system: You are a helpful assistant.
user:
Analyze the provided spectrum to determine if it is a **Carbon Star (C-type)**.

- **Key Visual Indicators of Carbon Star:**
    - **(Primary):** Strong molecular absorption from **C₂ (diatomic carbon) "Swan Bands."** This is the **defining feature** of a carbon star.
        - **(Key Bandheads):** Sharp absorption edges are visible at approximately $5635$ Å, $5165$ Å (the strongest band), and $4737$ Å.
        - **(Line Profile):** Creates a distinct **"saw-tooth"** pattern. The key morphology is a sharp, steep bandhead on the **red (long-wavelength) side**, which then gradually tapers off (i.e., flux recovers) towards the **blue (short-wavelength) side**. *(This is the direct opposite of the TiO bands seen in M-type stars)*.

    - **(Secondary):** Intense **CN (cyanogen)** molecular absorption bands.
        - **(Key Bandheads):** Located in the blue and violet regions of the spectrum (e.g., near $4215$ Å and $3883$ Å).
        - **(Morphology):** These bands are extremely broad and act as a "blanket," absorbing the vast majority of blue and violet light. This creates a characteristic **"cliff"** or **"steep drop-off"** in the spectrum's flux at short wavelengths.

    - **(Key Confirmation):** Strong **CH absorption band (G-band)**.
        - **(Key Bandhead):** Located around $4300$ Å. The contribution from CH molecules to this band is exceptionally strong.

    - **(Overall Spectrum):**
        - The continuum is severely "chopped up" by these deep molecular bands, especially C₂, rather than appearing as a smooth curve.
        - Due to the heavy CN and C₂ absorption in the blue-green, the vast majority of the star's flux is concentrated in the red part of the spectrum, giving the star its characteristic deep red color.

Think first, call **spectral_visualization_tool** if needed to examine features in detail, then provide your final answer. Your response must adhere to the following strict rules:
1.  **Overall Structure:** Your response must follow the format `<think>...</think> <tool_call>...</tool_call> (if a tool is used) <answer>...</answer>`.
2.  **Tool Usage Constraint:** You may only make **one** tool call per turn.
3.  **Final Answer Format:** In the `<answer>` tag, your conclusion must be inside a `\boxed{}` command (e.g., `\boxed{YES}`), followed by your justification.

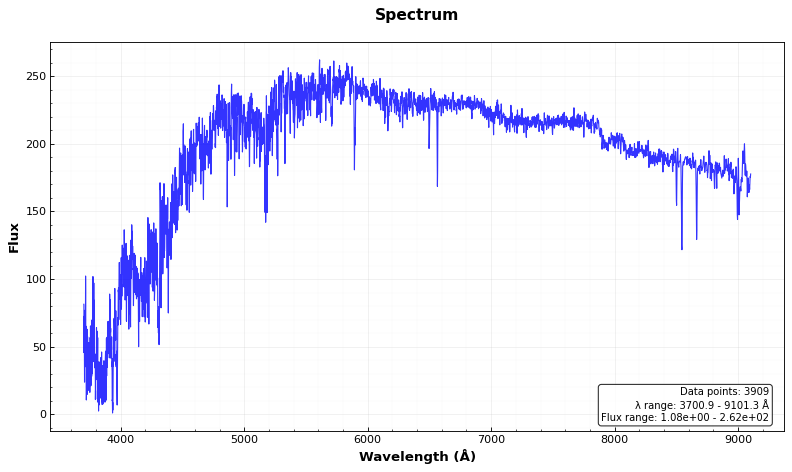
Answer: NO